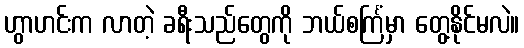
ဟွာဟင်းက လာတဲ့ ခရီးသည်တွေကို ဘယ်စင်္ကြံမှာ တွေ့နိုင်မလဲ။